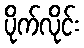
ပိုက်လိုင်း